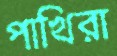
পাখিরা